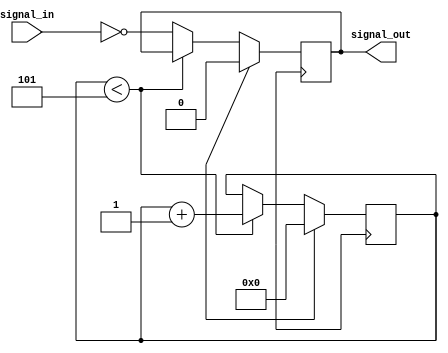
module inverter_delay (
  input signal_in,
  output reg signal_out
);

reg [4:0] delay_counter;

always @(posedge clk) begin
  if (reset) begin
    delay_counter <= 0;
    signal_out <= 0;
  end else begin
    if (delay_counter < 5) begin
      delay_counter <= delay_counter + 1;
    end else begin
      signal_out <= ~signal_in;
    end
  end
end

endmodule